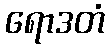
ရောဒတံ